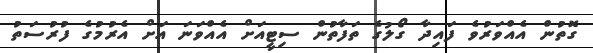
ގޮތުން އެއްވަރުވެ ފައިދާ ގޯލުގެ ތަފާތުން ސިޓީއަށް އެއްވަނަ އަށް އެރުމުގެ ފުރުސަތު